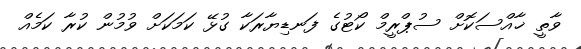
ވާތީ ޚާއްސަކޮށް ސުޕްރީމް ކޯޓުގެ ފަނޑިޔާރަކާ ގުޅޭ ކަމަކަށް ވުމުން ކުރާ ކަމެއް